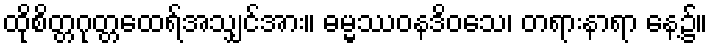
ထိုစိတ္တဂုတ္တထေရ်အသျှင်အား။ ဓမ္မဿဝနဒိဝသေ၊ တရားနာရာ နေ့၌။